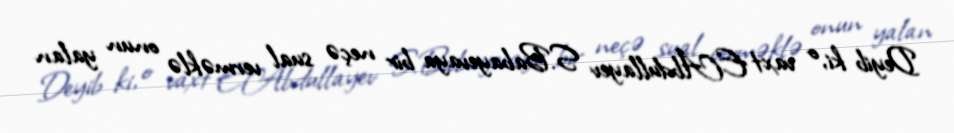
Deyib ki, o vaxt E.Abdullayev S.Babayevaya bir neçə sual verməklə onun yalan